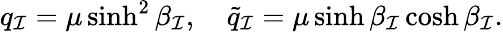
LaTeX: q_{\mathcal{I}}=\mu\sinh^{2}\beta_{\mathcal{I}},\quad\tilde{{q}}_{\mathcal{I}}=\mu\sinh\beta_{\mathcal{I}}\cosh\beta_{\mathcal{I}}.